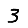
Digit: 3